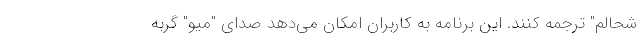
شحالم" ترجمه کنند. این برنامه به کاربران امکان می‌دهد صدای "میو" گربه